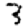
Digit: 3